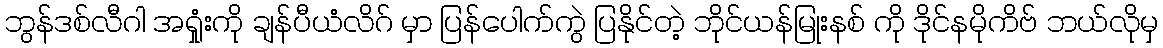
ဘွန်ဒစ်လီဂါ အရှုံးကို ချန်ပီယံလိဂ် မှာ ပြန်ပေါက်ကွဲ ပြနိုင်တဲ့ ဘိုင်ယန်မြုးနစ် ကို ဒိုင်နမိုကိဗ် ဘယ်လိုမှ